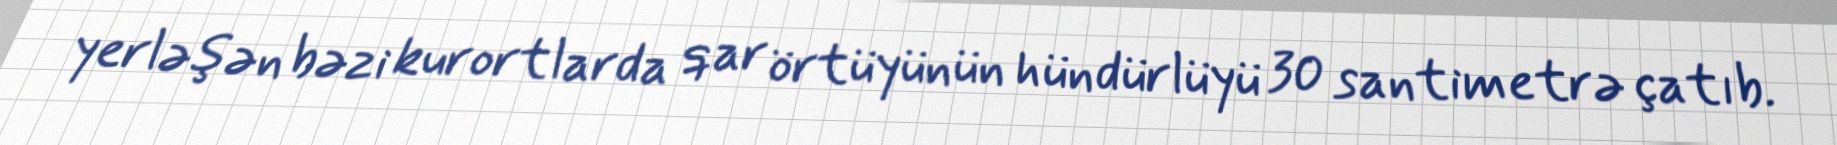
yerləşən bəzi kurortlarda qar örtüyünün hündürlüyü 30 santimetrə çatıb.